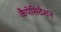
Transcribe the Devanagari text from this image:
कैपेसिटेशन